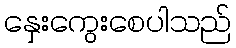
နှေးကွေးစေပါသည်